Indian journal of veterinary science and animal husbandry - Volumes 18-21, 1948-1951
Year: 1948
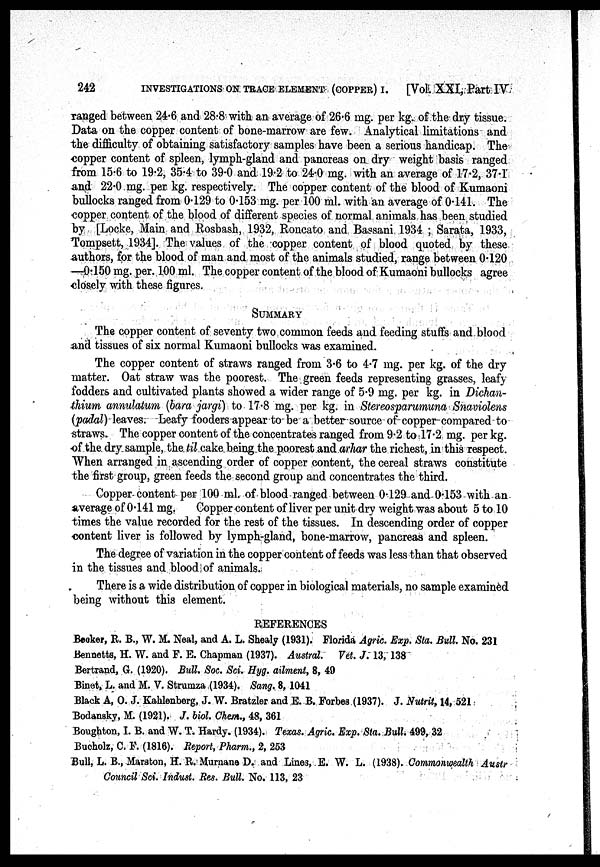
242
INVESTIGATIONS ON TRACE ELEMENT (COPPER) I.
[Vol. XXI, Part IV
ranged between 24.6 and 28.8 with an average of 26.6 mg. per kg. of the dry tissue.
Data on the copper content of bone-marrow are few. Analytical limitations and
the difficulty of obtaining satisfactory samples have been a serious handicap. The
copper content of spleen, lymph-gland and pancreas on dry weight basis ranged
from 15.6 to 19.2, 35.4 to 39.0 and 19.2 to 24.0 mg. with an average of 17.2, 37.1
and 22.0 mg. per kg. respectively. The copper content of the blood of Kumaoni
bullocks ranged from 0.129 to 0.153 mg. per 100 ml. with an average of 0.141. The
copper content of the blood of different species of normal animals has been studied
by [Locke, Main and Rosbash, 1932, Roncato and Bassani 1934; Sarata, 1933,
Tompsett, 1934]. The values of the copper content of blood quoted by these
authors, for the blood of man and most of the animals studied, range between 0.120
—0.150 mg. per. 100 ml. The copper content of the blood of Kumaoni bullocks agree
closely with these figures.
SUMMARY
The copper content of seventy two common feeds and feeding stuffs and blood
and tissues of six normal Kumaoni bullocks was examined.
The copper content of straws ranged from 3.6 to 4.7 mg. per kg. of the dry
matter. Oat straw was the poorest. The green feeds representing grasses, leafy
fodders and cultivated plants showed a wider range of 5.9 mg. per kg. in Dichan-
thium annulatum (bara jargi) to 17.8 mg. per kg. in Stereosparumuna Snaviolens
(padal) leaves. Leafy fooders appear to be a better source of copper compared to
straws. The copper content of the concentrates ranged from 9.2 to 17.2 mg. per kg.
of the dry sample, the til cake being the poorest and arhar the richest, in this respect.
When arranged in ascending order of copper content, the cereal straws constitute
the first group, green feeds the second group and concentrates the third.
Copper content per 100 ml. of blood ranged between 0.129 and 0.153 with an
average of 0.141 mg.
Copper content of liver per unit dry weight was about 5 to 10
times the value recorded for the rest of the tissues. In descending order of copper
content liver is followed by lymph-gland, bone-marrow, pancreas and spleen.
The degree of variation in the copper content of feeds was less than that observed
in the tissues and blood of animals.
There is a wide distribution of copper in biological materials, no sample examined
being without this element.
REFERENCES
Becker, R. B., W. M. Neal, and A. L. Shealy (1931). Florida Agric. Exp. Sta. Bull. No. 231
Bennetts, H. W. and F. E. Chapman (1937). Austral. Vet. J. 13, 138
Bertrand, G. (1920). Bull. Soc. Sci. Hyg. ailment, 8, 49
Binot. L. and M. V. Strumza (1934). Sang. 8, 1041
Black A, O. J. Kahlenberg, J. W. Bratzler and E. B. Forbes (1937). J. Nutrit, 14, 521
Bodansky, M. (1921). J. biol. Chem., 48, 361
Boughton, I. B. and W. T. Hardy. (1934). Texas. Agric. Exp. Sta. Bull. 499, 32
Bucholz, C. F. (1816). Report, Pharm., 2, 253
Bull, L. B., Marston, H. R. Murnane D. and Lines, E. W. L. (1938). Commonwealth Austr
Council Sci. Indust. Res. Bull. No. 113, 23